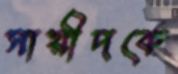
সায়ীদকে